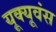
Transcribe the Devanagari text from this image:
यूक्यूवंस